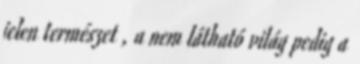
jelen természet , a nem látható világ pedig a